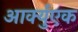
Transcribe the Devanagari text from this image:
आर्क्युएक